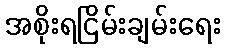
အစိုးရငြိမ်းချမ်းရေး